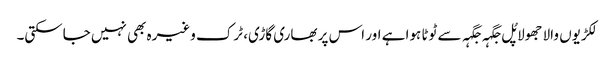
لکڑیوں والا جھولا پُل جگہہ جگہہ سے ٹوٹا ہوا ہے اور اس پر بھاری گاڑی، ٹرک وغیرہ بھی نہیں جاسکتی۔